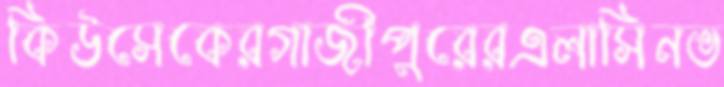
কিউসেকেরগাজীপুুরেরএলাসিনভ